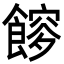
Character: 𩝯